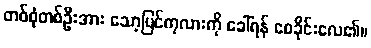
တစ်စုံတစ်ဦးအား သော့ပြင်ကုလားကို ခေါ်ရန် စေခိုင်းလေ၏။